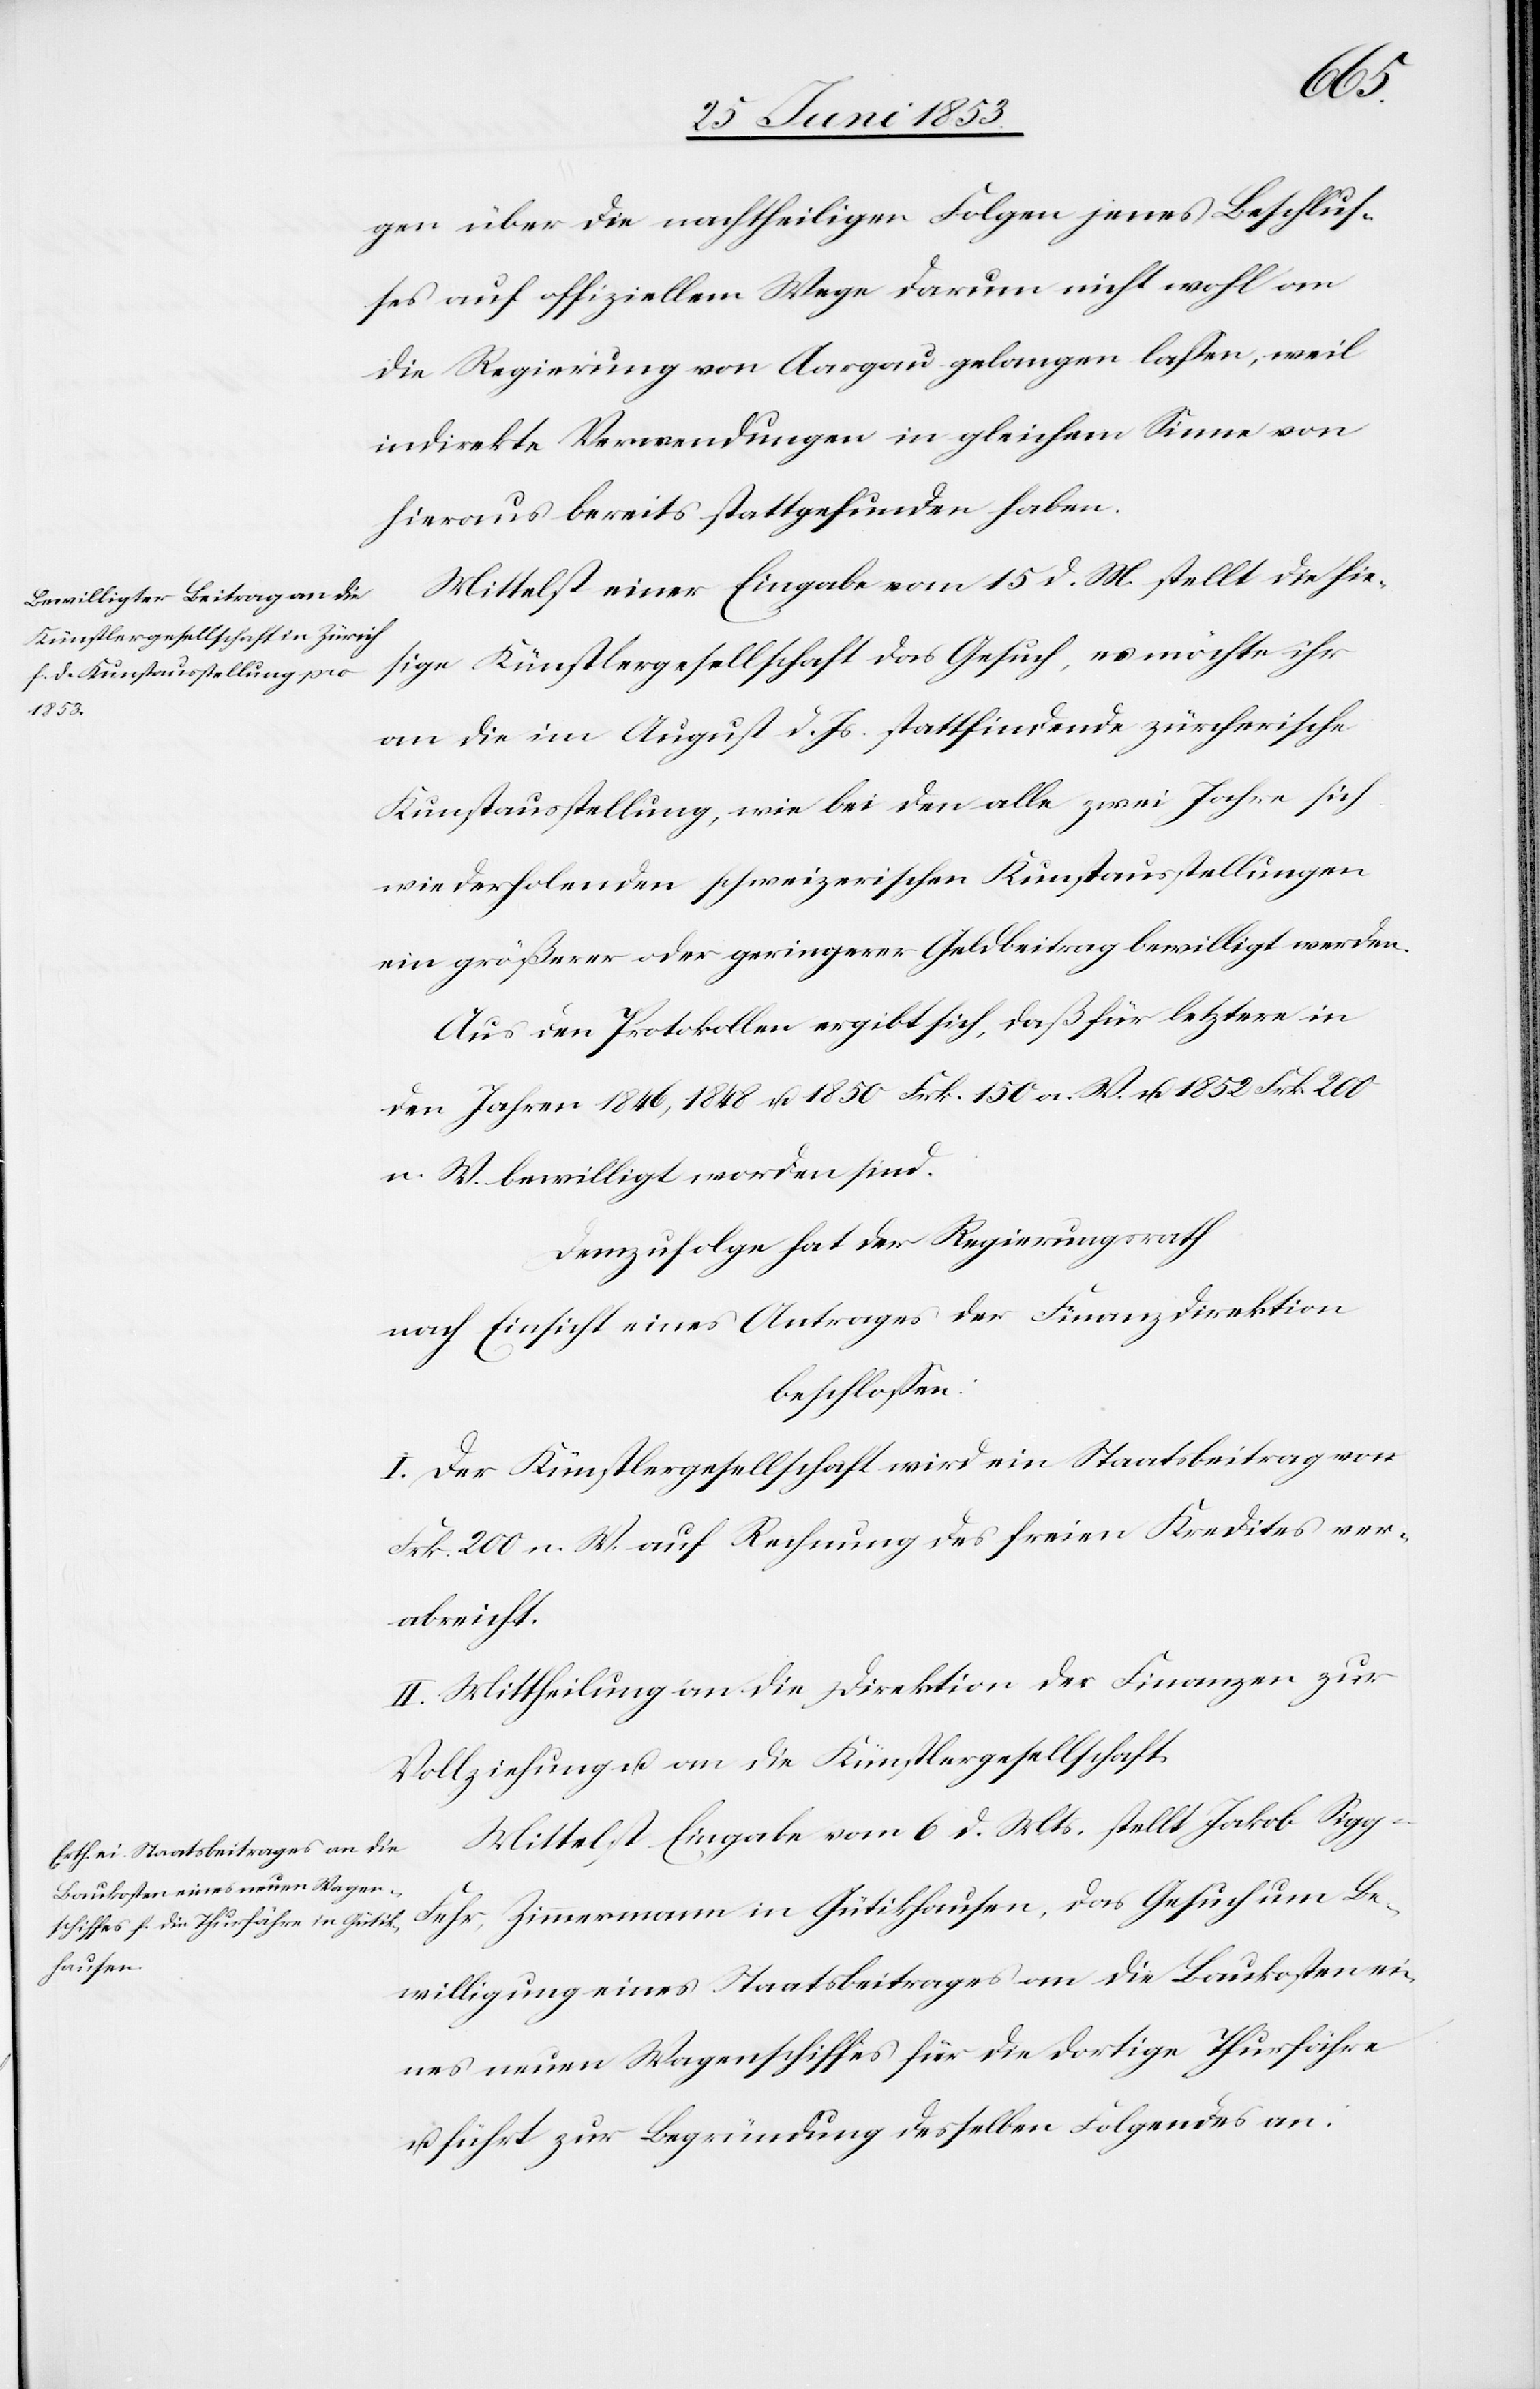
gen über die nachtheiligen Folgen jenes Beschluß¬
es auf offiziellem Wege darum nicht wohl an
die Regierung von Aargau gelangen laßen, weil
indirekte Verwendungen in gleichem Sinne von
hieraus bereits stattgefunden haben.
Mittelst einer Eingabe von 15 d. M. stellt die hie¬
sige Künstlergesellschaft das Gesuch, es möchte ihr
an die im August d. Js. stattfindende zürcherische
Kunstaustellung, wie bei den alle zwei Jahre sich
wiederholenden schweizerischen Kunstaustellungen
ein größerer oder geringerer Geldbeitrag bewilligt werden.
Aus den Protokollen ergibt sich, daß für letztere in
den Jahren 1846,1848 u. 1850 Frk. 150 a. W. u. 1852 Frk. 200
n. W. bewilligt worden sind.
Demzufolge hat der Regierungsrath
nach Einsicht eines Antrages der Finanzdirektion
beschloßen:
I. Der Künstlergesellschaft wird ein Staatsbeitrag von
Frk. 200 n. W. auf Rechnung des freien Kredites ver¬
abreicht.
II. Mittheilung an die Direktion der Finanzen zur
Vollziehung u. an die Künstlergesellschaft.
Mittelst Eingabe vom 6 d. Mts. stellt Jakob Sigg-F¬
ehr, Zimmermann in Gütikhausen, das Gesuch um Be¬
willigung eines Staatsbeitrages an die Baukosten ei¬
nes neuen Wagenschiffes für die dortige Thurfähre
u. führt zu Begründung desselben Folgendes an: